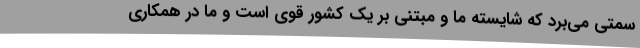
سمتی می‌برد که شایسته ما و مبتنی بر یک کشور قوی است و ما در همکاری